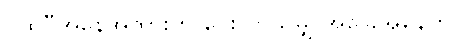
ပထဝီအနေအထားက ပေးလာသမျှ အခြေအနေကို